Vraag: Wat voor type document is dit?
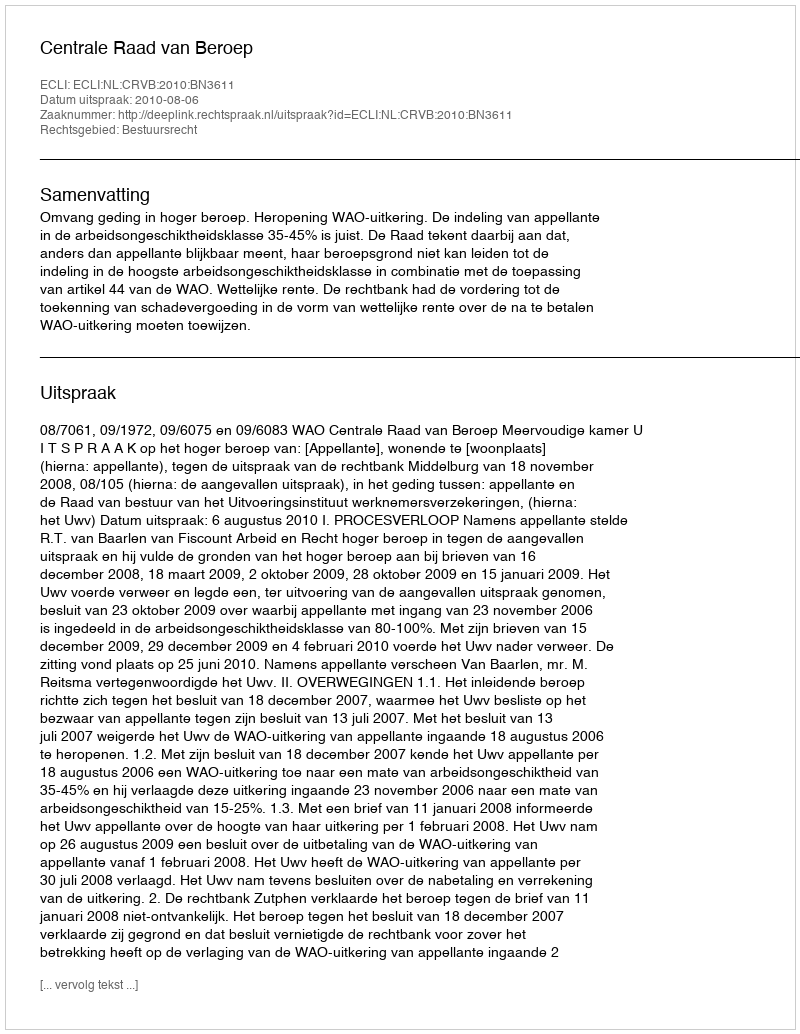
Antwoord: Uitspraak